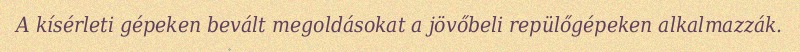
A kísérleti gépeken bevált megoldásokat a jövőbeli repülőgépeken alkalmazzák.